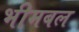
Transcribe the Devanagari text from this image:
भीमबल